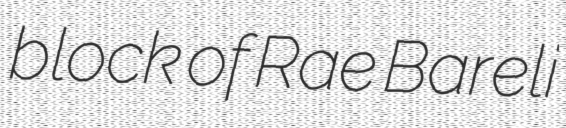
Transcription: block of Rae Bareli